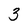
Character: 3